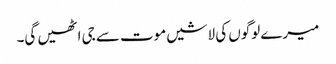
میرے لوگوں کی لاشیں موت سے جی اٹھیں گی۔